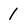
Character: 1